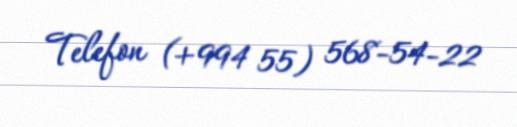
Telefon (+994 55) 568-54-22